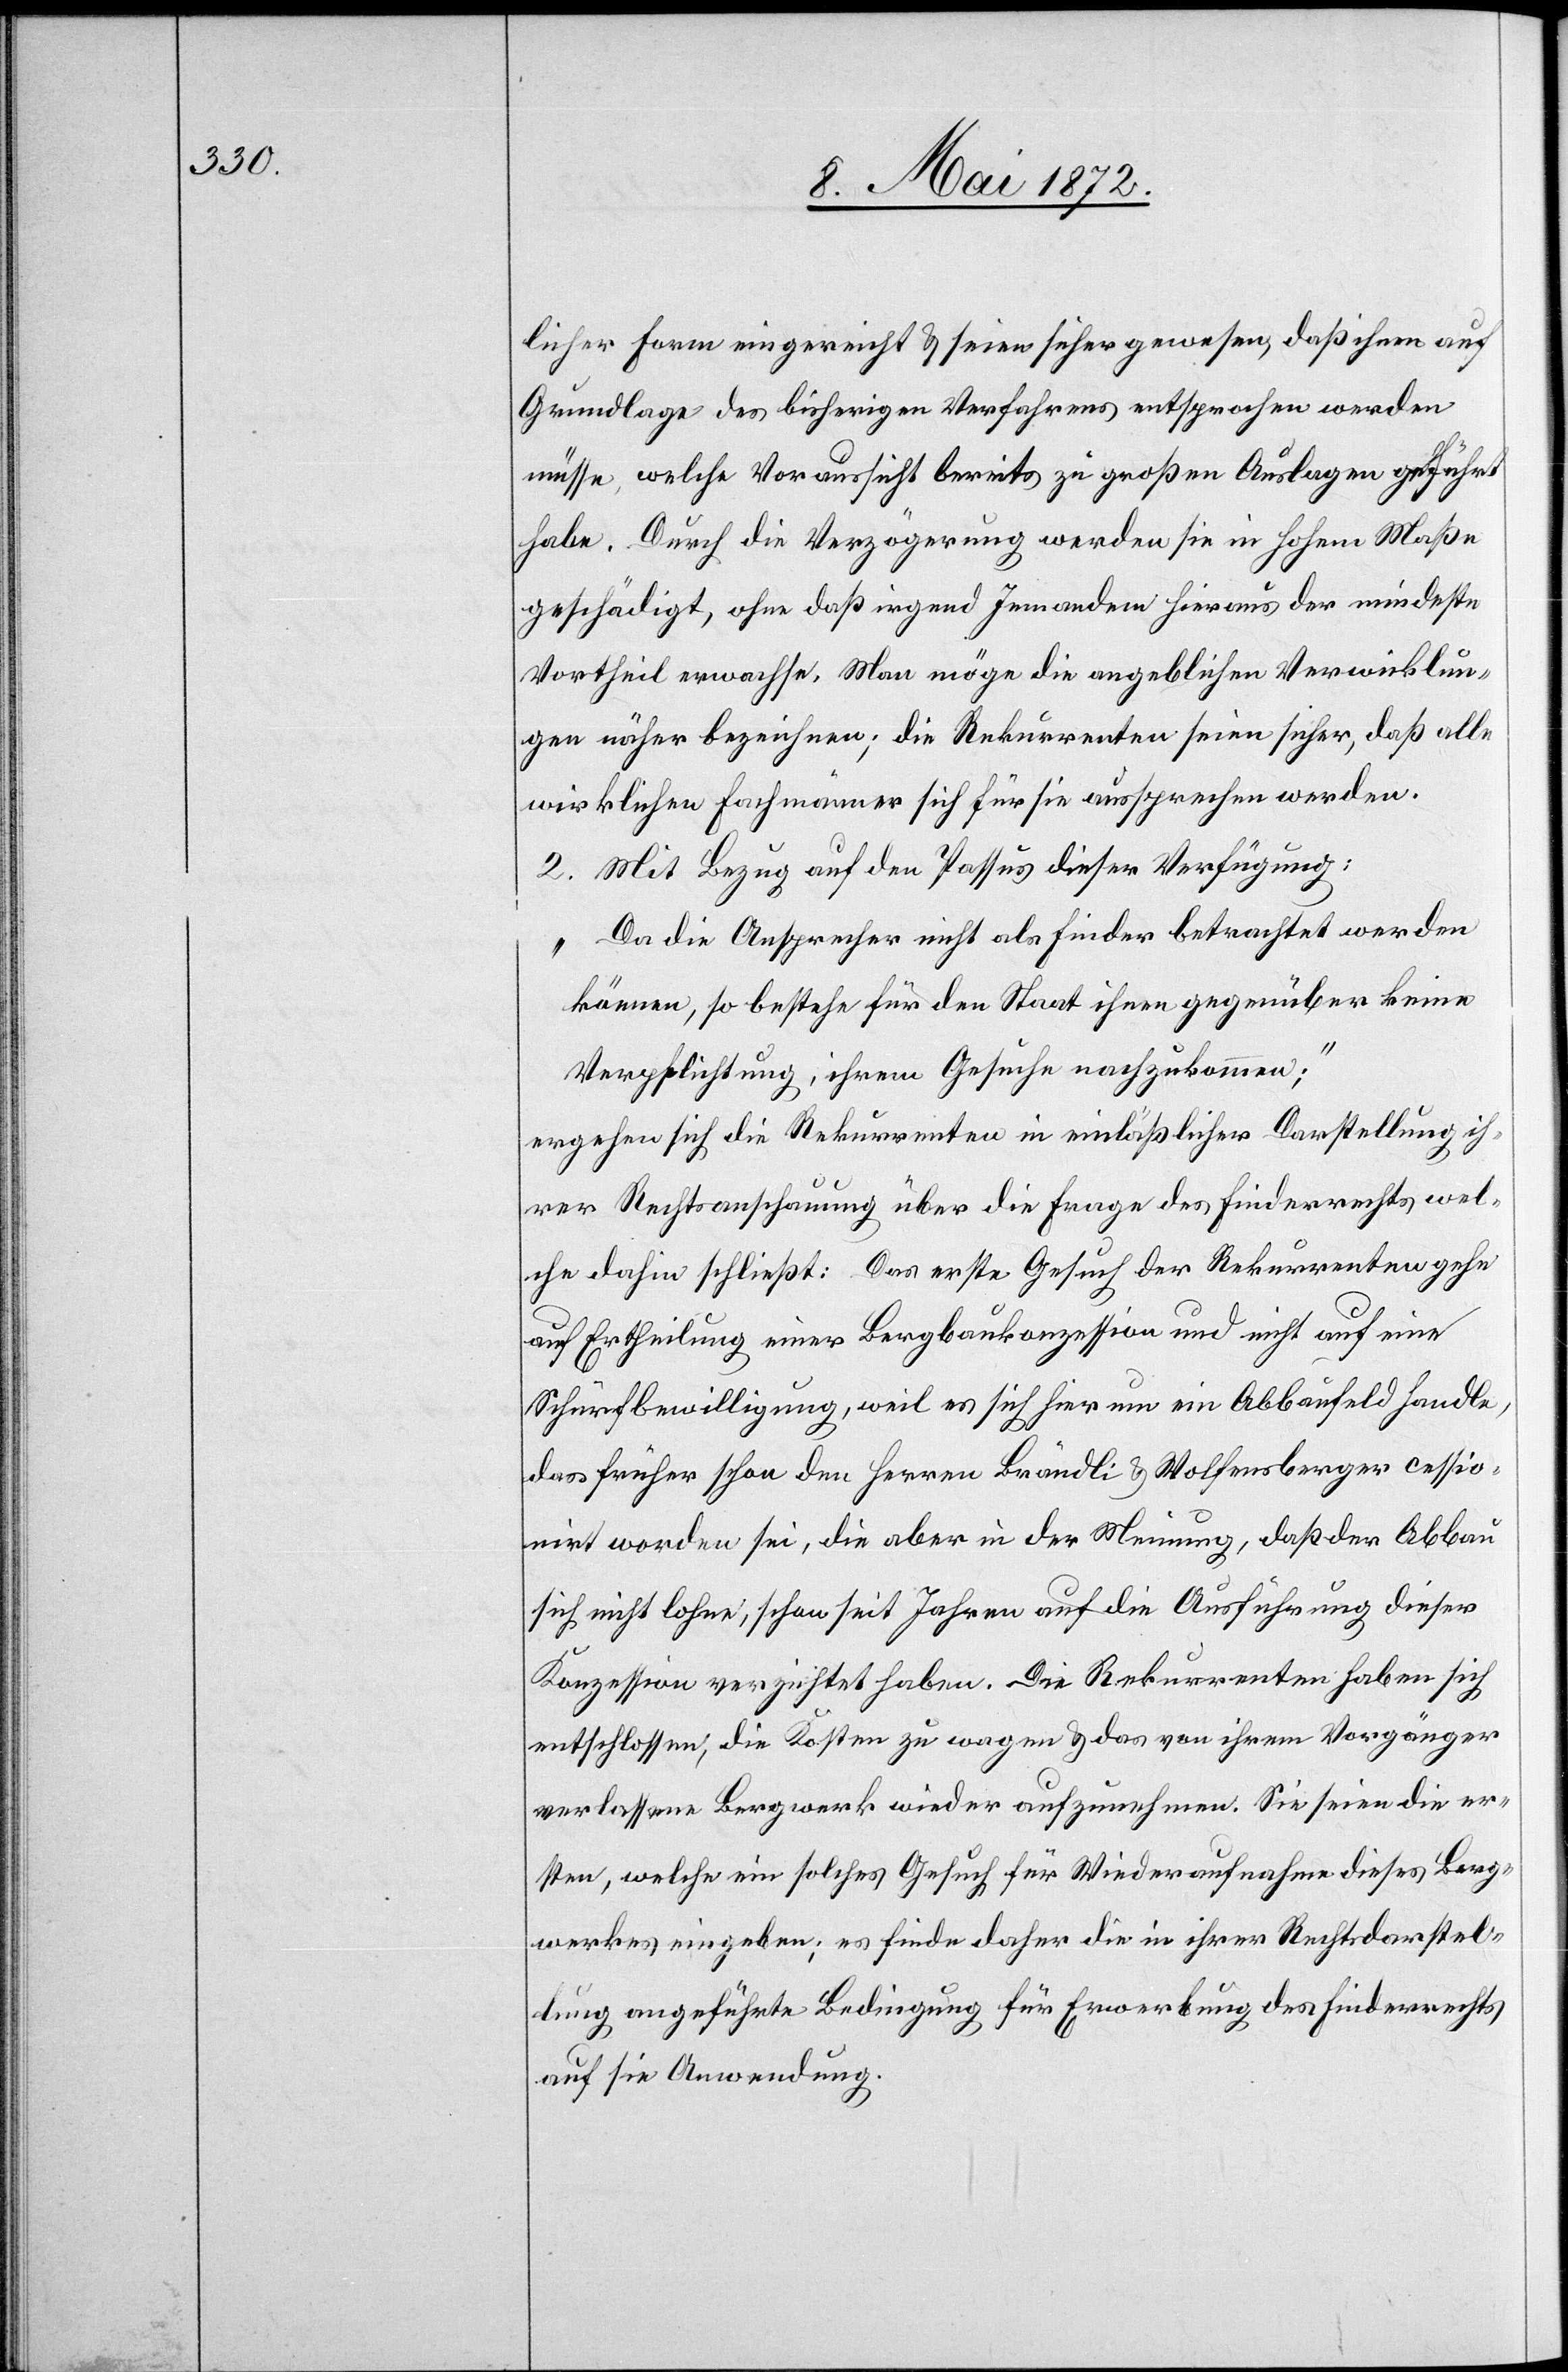
licher Form eingereicht u. seien sicher gewesen, daß ihnen auf
Grundlage des bisherigen Verfahrens entsprochen werden
müsse, welche Voraussicht bereits zu großen Auslagen geführt
habe. Durch die Verzögerung werden sie in hohem Maße
geschädigt, ohne daß irgend Jemandem hieraus der mindeste
Vortheil erwachse. Man möge die angeblichen Verwicklun¬
gen näher bezeichnen; die Rekurrenten seien sicher, daß alle
wirklichen Fachmänner sich für sie aussprechen werden.
2. Mit Bezug auf den Passus dieser Verfügung:
„Da die Ansprecher nicht als Finder betrachtet werden
können, so bestehe für den Staat ihnen gegenüber keine
Verpflichtung, ihrem Gesuche nachzukommen;“
ergehen sich die Rekurrenten in einläßlicher Darstellung ih¬
rer Rechtsanschauung über die Frage des Finderrechts wel¬
che dahin schließt: Das erste Gesuch der Rekurrenten gehe
auf Ertheilung einer Bergbaukonzession und nicht auf eine
Schürfbewilligung, weil es sich hier um ein Abbaufeld handle,
das früher schon den Herren Brändli u. Wolfensberger cessio¬
nirt worden sei, die aber in der Meinung, daß der Abbau
sich nicht lohne, schon seit Jahren auf die Ausführung dieser
Konzession verzichtet haben. Die Rekurrenten haben sich
entschlossen, die Kosten zu wagen u. das von ihrem Vorgänger
verlassene Bergwerk wieder aufzunehmen. Sie seien die er¬
sten, welche ein solches Gesuch für Wiederaufnahme dieses Berg¬
werkes eingeben; es finde daher die in ihrer Rechtsdarstel¬
lung angeführte Bedingung für Erwerbung des Finderrechts
auf sie Anwendung.